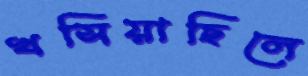
খসিয়াছিলে